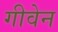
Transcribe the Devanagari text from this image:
गीवेन